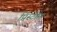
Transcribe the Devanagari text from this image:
प्रिस्टीना